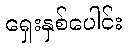
ရှေးနှစ်ပေါင်း